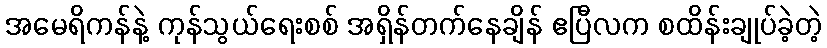
အမေရိကန်နဲ့ ကုန်သွယ်ရေးစစ် အရှိန်တက်နေချိန် ဧပြီလက စထိန်းချုပ်ခဲ့တဲ့